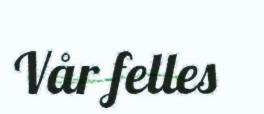
Vår felles